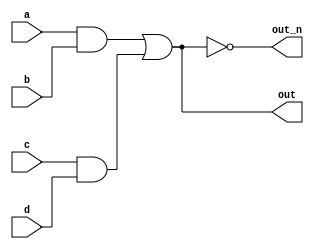
`default_nettype none
module top_module(
    input a,
    input b,
    input c,
    input d,
    output out,
    output out_n   ); 

    wire t1, t2;
    assign t1 = a & b;
    assign t2 = c & d;
    assign out = t1 | t2;
    assign out_n = ~out;
    
endmodule